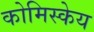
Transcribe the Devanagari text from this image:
कोमिस्केय